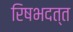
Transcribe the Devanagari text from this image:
रिषभदत्त